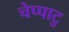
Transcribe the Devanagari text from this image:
चेप्पाटु